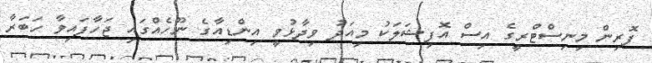
ފޮރިން މިނިސްޓްރީގެ އިސް އޮފިޝަލަކު މިއަދު ވިދާޅުވީ އިންޑިއާގެ ނޫހެއްގައި ޖަހާފައިވާ ހަބަރާ